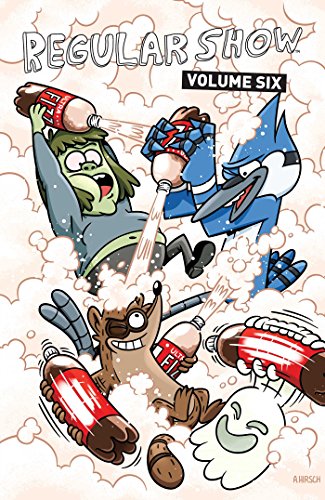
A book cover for Regular Show Vol. 6; Mad Rupert; Children's Books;